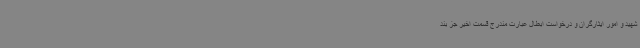
شهید و امور ایثارگران و درخواست ابطال عبارت مندرج قسمت اخیر جز بند